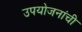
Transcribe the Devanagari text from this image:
उपयोजनांची